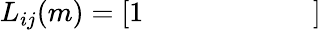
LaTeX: L_{ij}(m)={\left[\begin{array}{lllllll}{1}&{}&{}&{}&{}&{}&{}\end{array}\right]}